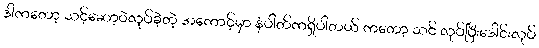
ဒါကတော့ သင့်ဆော့ဝဲလုပ်ခဲ့တဲ့ အကောင့်မှာ နံပါတ်ကရှိပါတယ် ကတော့ သင် လုပ်ပြီးဒေါင်းလုပ်